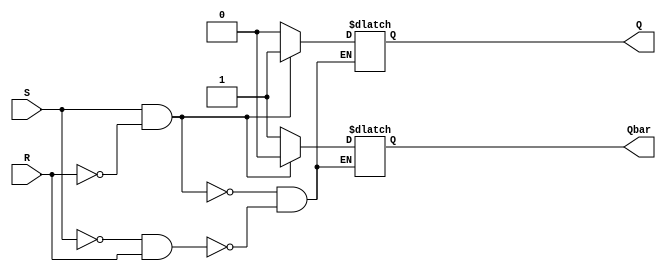
module SR_flip_flop (
    input S,
    input R,
    output reg Q,
    output reg Qbar
);

always @(S, R) begin
    if (S == 1 && R == 0) begin
        Q <= 1;
        Qbar <= 0;
    end else if (S == 0 && R == 1) begin
        Q <= 0;
        Qbar <= 1;
    end
end

endmodule